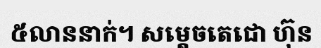
៥លាននាក់។ សម្តេចតេជោ ហ៊ុន